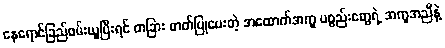
နေရောင်ခြည်ဖမ်းယူပြီးရင် တခြား ဓာတ်ပြုပေးတဲ့ အထောက်အကူ ပစ္စည်းတွေရဲ့ အကူအညီနဲ့